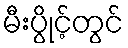
မီးပွိုင့်တွင်